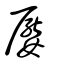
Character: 嬮